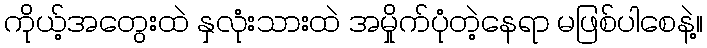
ကိုယ့်အတွေးထဲ နှလုံးသားထဲ အမှိုက်ပုံတဲ့နေရာ မဖြစ်ပါစေနဲ့။